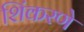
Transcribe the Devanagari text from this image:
शिंकरणे